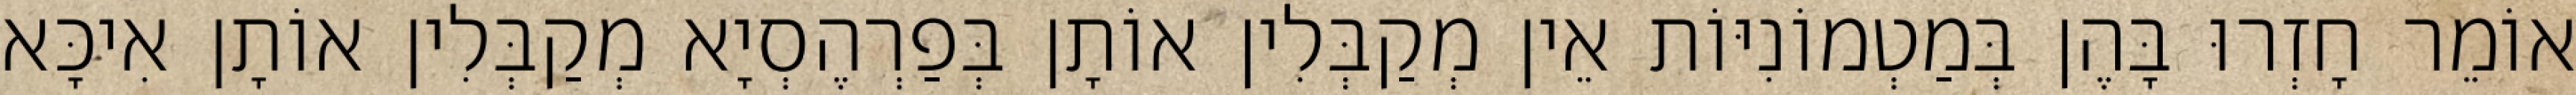
אוֹמֵר חָזְרוּ בָּהֶן בְּמַטְמוֹנִיּוֹת אֵין מְקַבְּלִין אוֹתָן בְּפַרְהֶסְיָא מְקַבְּלִין אוֹתָן אִיכָּא